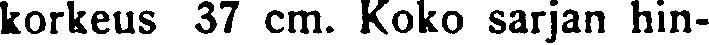
korkeus 37 cm. Koko sarjan hin-